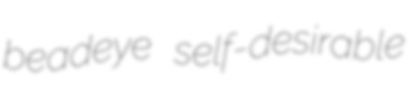
beadeye self-desirable